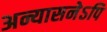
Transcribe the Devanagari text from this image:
अन्यासनेऽपि